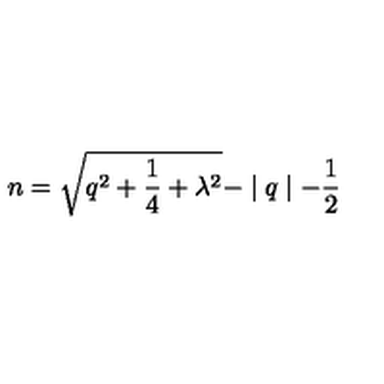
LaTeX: n = \sqrt { q ^ { 2 } + \frac 1 4 + \lambda ^ { 2 } } - \mid q \mid - \frac 1 2